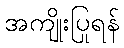
အကျိုးပြုရန်